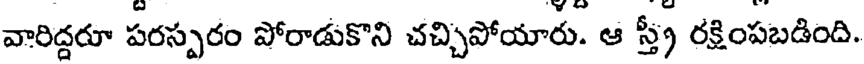
వారిద్దరూ పరస్పరం పోరాడుకొని చచ్చిపోయారు. ఆ స్త్రీ రక్షింపబడింది.